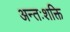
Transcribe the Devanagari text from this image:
अन्तःशक्ति